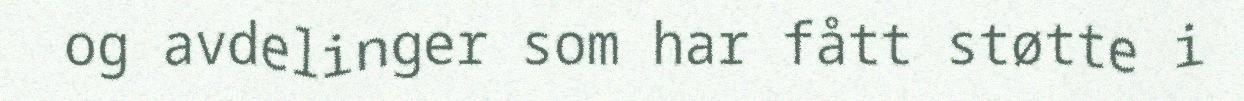
og avdelinger som har fått støtte i